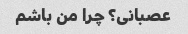
عصبانی؟ چرا من باشم